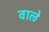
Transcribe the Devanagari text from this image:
वाल्रे